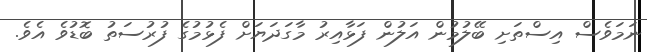
ނަމަވެސް އިސްތަށި ބޭލުމުން އަލުން ފަޅާއިރު މާގަދަޔަށް ފެޅުމުގެ ފުރުސަތު ބޮޑުވެ އެވެ.